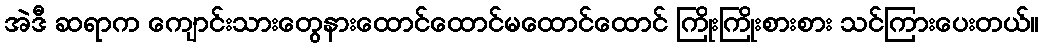
အဲဒီ ဆရာက ကျောင်းသားတွေနားထောင်ထောင်မထောင်ထောင် ကြိုးကြိုးစားစား သင်ကြားပေးတယ်။